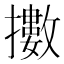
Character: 擻